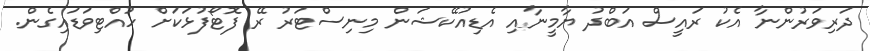
ދަރިވަރުންނާ އެކު ރައީސް އަބްދު ޔާމީނާއި އެޑިއުކޭޝަން މިނިސްޓަރު ރޭ ފޮޓޯފުޅަކަށް ހުއްޓިވަޑައިގެން.